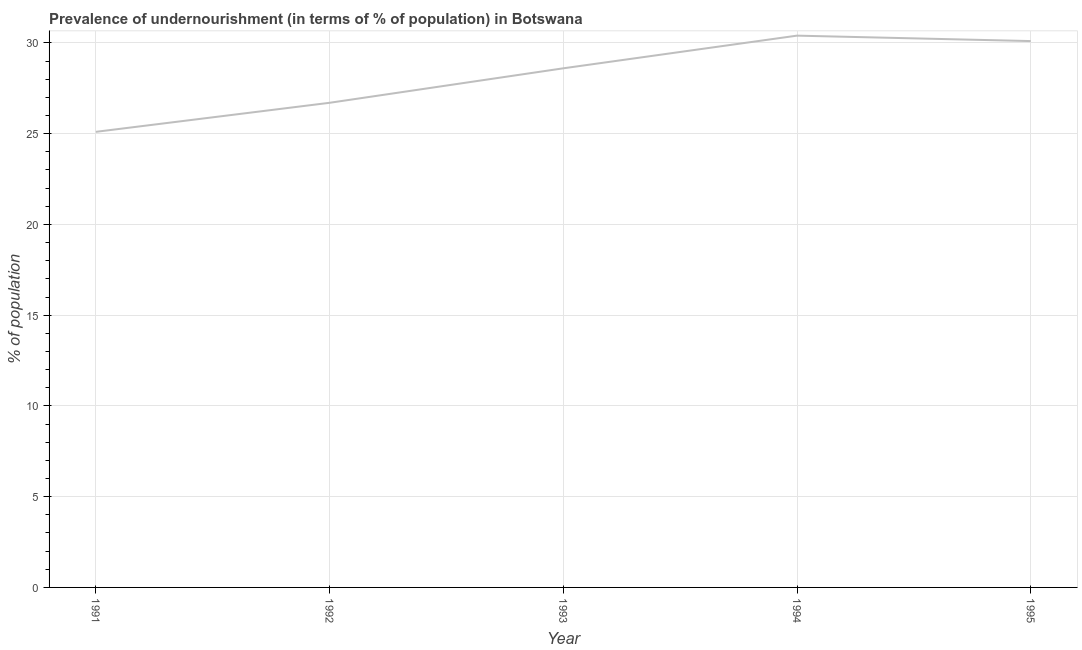
| Year | Prevalence of undernourishment |
 | --- | --- |
 | 1991 | 25.1 |
 | 1992 | 26.7 |
 | 1993 | 28.6 |
 | 1994 | 30.4 |
 | 1995 | 30.1 |